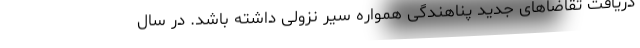
دریافت تقاضاهای جدید پناهندگی همواره سیر نزولی داشته باشد. در سال